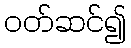
ဝတ်ဆင်၍